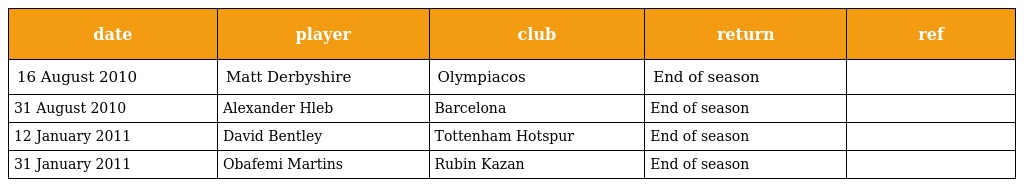
| date | player | club | return | ref |
 | --- | --- | --- | --- | --- |
 | 16 August 2010 | Matt Derbyshire | Olympiacos | End of season |  |
 | 31 August 2010 | Alexander Hleb | Barcelona | End of season |  |
 | 12 January 2011 | David Bentley | Tottenham Hotspur | End of season |  |
 | 31 January 2011 | Obafemi Martins | Rubin Kazan | End of season |  |